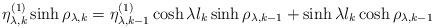
LaTeX: \begin{align*}\eta_{\lambda,k}^{(1)} \sinh \rho_{\lambda,k} = \eta_{\lambda,k-1}^{(1)} \cosh \lambda l_{k} \sinh \rho_{\lambda,k-1} + \sinh \lambda l_{k} \cosh \rho_{\lambda,k-1}\end{align*}